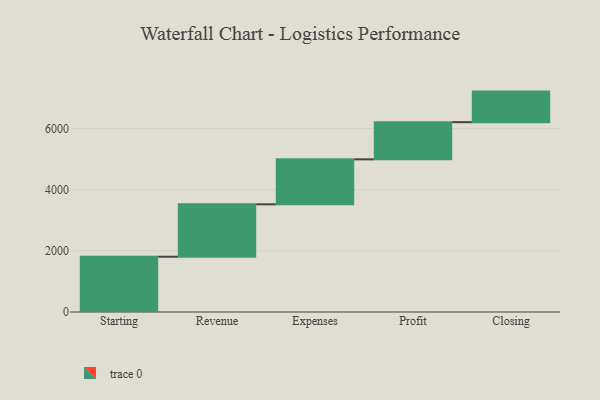
{"axis": {"x": "Step", "y": "Value"}, "legend": [""], "data": [{"x": "Starting", "y": 1808.0, "type": ""}, {"x": "Revenue", "y": 1715.0, "type": ""}, {"x": "Expenses", "y": 1471.0, "type": ""}, {"x": "Profit", "y": 1216.0, "type": ""}, {"x": "Closing", "y": 1000, "type": ""}]}